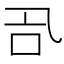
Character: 𠮸